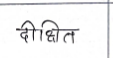
मजकूर: दीक्षित